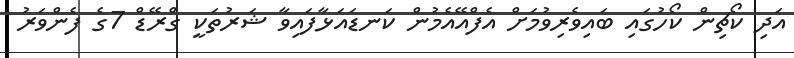
އަދި ކޯޗިން ކޯހުގައި ބައިވެރިވުމަށް އެފްއޭއެމުން ކަނޑައަޅާފައިވާ ޝަރުތަކީ ގްރޭޑް 7ގެ ފެންވަރު